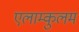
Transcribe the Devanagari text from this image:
एलाम्कुलम